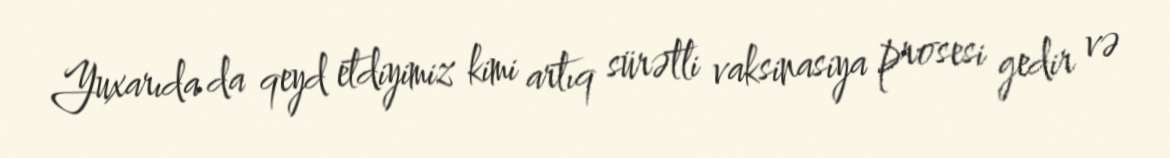
Yuxarıda da qeyd etdiyimiz kimi artıq sürətli vaksinasiya prosesi gedir və